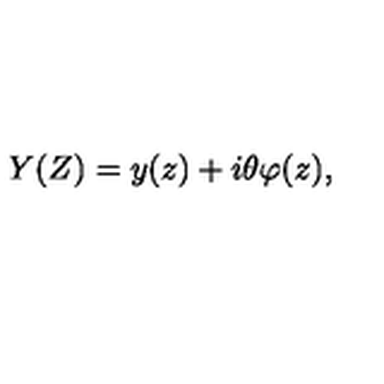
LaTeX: Y ( Z ) = y ( z ) + i \theta \varphi ( z ) ,